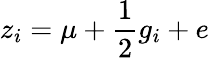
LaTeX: z_{i}=\mu+{\frac{1}{2}}g_{i}+e